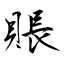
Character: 賬